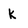
Character: K